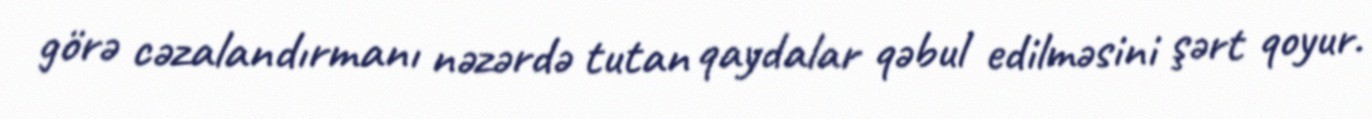
görə cəzalandırmanı nəzərdə tutan qaydalar qəbul edilməsini şərt qoyur.